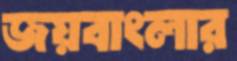
জয়বাংলার